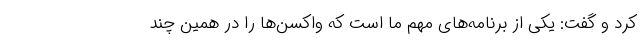
کرد و گفت: یکی از برنامه‌های مهم ما است که واکسن‌ها را در همین چند